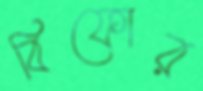
বিফোর